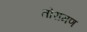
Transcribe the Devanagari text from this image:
तोरामण